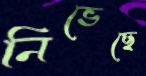
নিভেছে